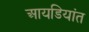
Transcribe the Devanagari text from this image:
आयडियांत